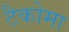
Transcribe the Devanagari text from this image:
टैकोमा